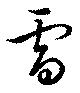
雷